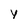
Character: y